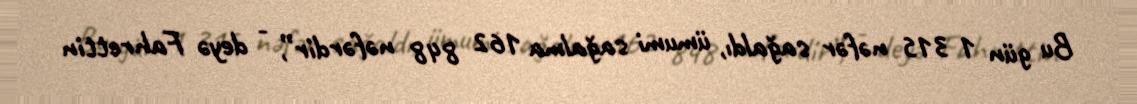
Bu gün 1 315 nəfər sağaldı, ümumi sağalma 162 848 nəfərdir”, - deyə Fahrettin